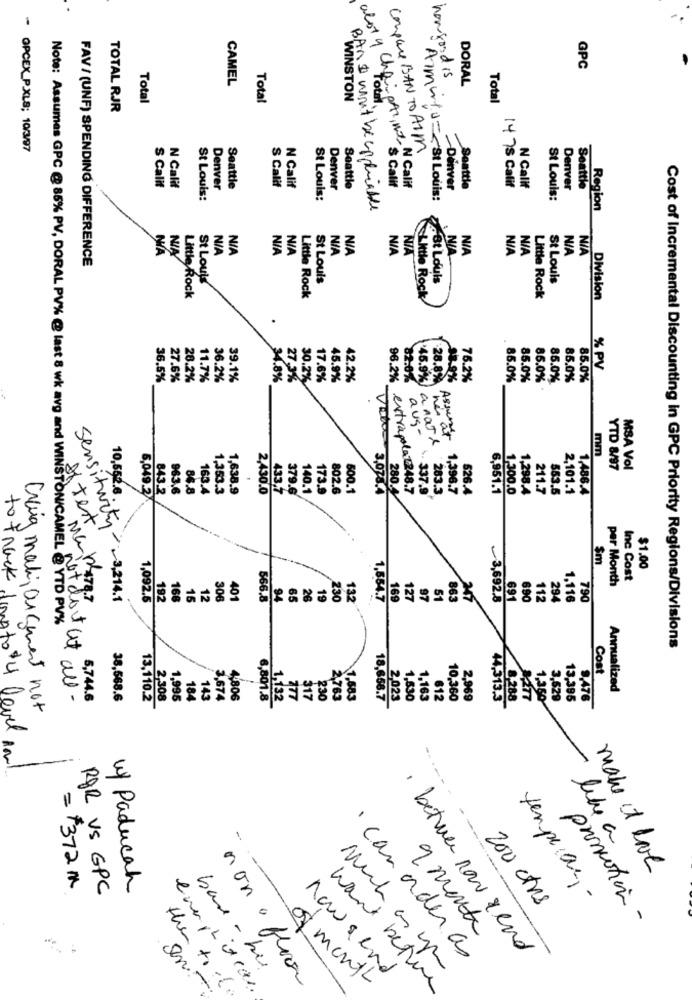
GPC
CAMEL
howfood is
DORAL
Total
Total
WINSTON
Total
TOTAL RJR
- OPCEX_P.XLS; 10/3/97
Compare BAN TO AIM
Seattle
S Calif
S Calif
N Calif
Denver
Seattle
S Calif
N Calif
Denver
alot y Che- eth, at W Calif
Denver
Seattle
1475 Calif
N Calif
Denver
Seattle
St Louis:
St Louis:
Aimwis =< 81 Louis:
St Louis:
BAN I won't be copriable
Region
NA
NIA
WA
FAV / (UNF) SPENDING DIFFERENCE
NIN
NIA
St Louis
St Louis
.St Louis
St Louis
Little Rock
Little Rock
Little Rock
Little Rock
Division
% PV
36.5%
27.6%
28.2%
11.7%
36.2%
39.1%
34.8%
27.3%
17.6%
45.9%
42.2%
96.2%
82.0%
28.8%
98-9%
76.2%
85.0%
85.0%
85.0%
85.0%
85.0%
85.0%
30.2%
'45.9%)
hes a
aug-
Assurest
anaTe
mm
YTD 8/97
MSA Vol
10,552.
963.6
86.8
163.4
1,353.3
1.638.9
2.430.0
433,7
140.1
173.9
802.6
500.1
Valor 3.078.4
\. 337.9
283.3
1,396.7
526.4
6.951.1
1,300.0
1.298.4
211.7
553.5
2,101.1
1.486.4
6,049.2
843.2
379.6
280.
extrapolate248.7
oftest
$m
$1.00
to track
m. MG
per Month
Inc Cost
230
Sensitivity 3,214.1
1,092,6
192
16
15
12
306
401
566.8
94
65
26
19
132
1.554.7
169
127
97
51
86
247
~3,692.8
691
6.90
112
294
1.116
790
Note: Assumes GPC @ 85% PV, DORAL PVX @ last 8 wk avg and WINSTON/CAMEL @ YTD PV%
Cost of Incremental Discounting in GPC Priority Regions/Divisions
Cont
Annualized
not do tat all-
5,744.6
38,568.6
13,110.2
2,308
1,996
184
143
3.674
4.806
6,801.8
1,132
27
$17
230
2,763
1,583
2,023
1,530
1,163
612
10,360
2,969
8.288
8277
1,360
3,529
13.395
9.476
Craig mali, argument not
18,658.7
44.313.3
donato $4 level In
-
-
like a
make it love
=+372 m
RØR VS GPC
w/ Paducah
tempe ar -
200 ctrs
promotion -
9 month
· canorder as
· between now rend
base- his
News und
non office
of month
en-
want before
the tool